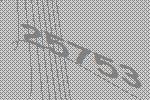
25753